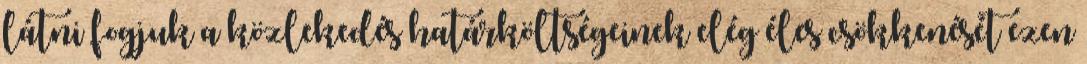
látni fogjuk a közlekedés határköltségeinek elég éles csökkenését ezen